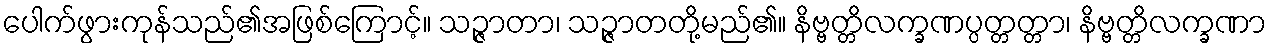
ပေါက်ဖွားကုန်သည်၏အဖြစ်ကြောင့်။ သဉ္ဇာတာ၊ သဉ္ဇာတတို့မည်၏။ နိဗ္ဗတ္တိလက္ခဏပ္ပတ္တတ္တာ၊ နိဗ္ဗတ္တိလက္ခဏာ